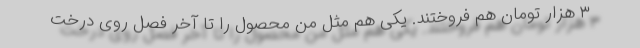
۳ هزار تومان هم فروختند. یکی هم مثل من محصول را تا آخر فصل روی درخت